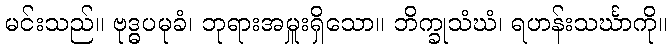
မင်းသည်။ ဗုဒ္ဓပမုခံ၊ ဘုရားအမှူးရှိသော။ ဘိက္ခုသံဃံ၊ ရဟန်းသင်္ဃာကို။